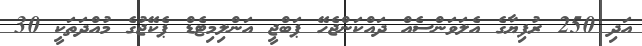
އަދި 250 ރުފިޔާގެ އެލަވަންސެއް ދައްކަންޖެހޭ ޕަބްޖީ އަންލިމިޓެޑް ޕެކޭޖުގެ މުއްދަތަކީ 30